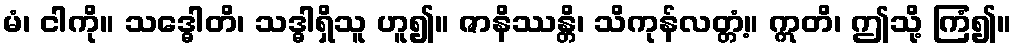
မံ၊ ငါကို။ သဒ္ဓေါတိ၊ သဒ္ဓါရှိသူ ဟူ၍။ ဇာနိဿန္တိ၊ သိကုန်လတ္တံ့။ ဣတိ၊ ဤသို့ ကြံ၍။